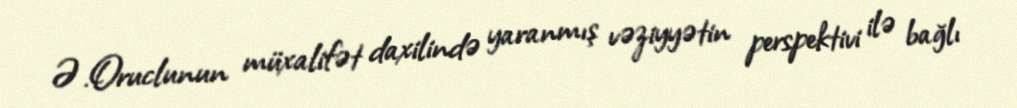
Ə.Oruclunun müxalifət daxilində yaranmış vəziyyətin perspektivi ilə bağlı